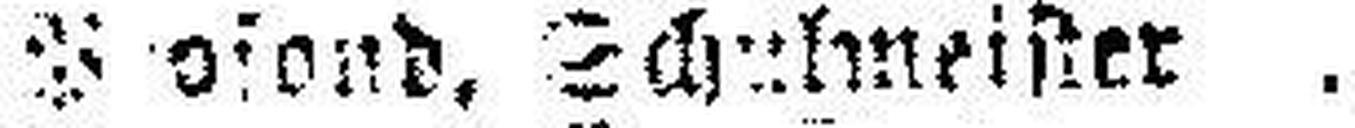
P###fond. Schulmeister